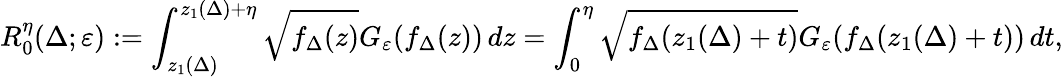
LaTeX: R_{0}^{\eta}(\Delta;\varepsilon):=\int_{z_{1}(\Delta)}^{z_{1}(\Delta)+\eta}\sqrt{f_{\Delta}(z)}G_{\varepsilon}(f_{\Delta}(z))\, dz=\int_{0}^{\eta}\sqrt{f_{\Delta}(z_{1}(\Delta)+t)}G_{\varepsilon}(f_{\Delta}(z_{1}(\Delta)+t))\, dt,